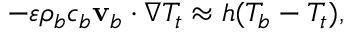
\begin{array} { r } { - \varepsilon \rho _ { b } c _ { b } \mathbf v _ { b } \cdot \nabla T _ { t } \approx h ( T _ { b } - T _ { t } ) , } \end{array}